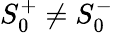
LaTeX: S_{0}^{+}\neq S_{0}^{-}